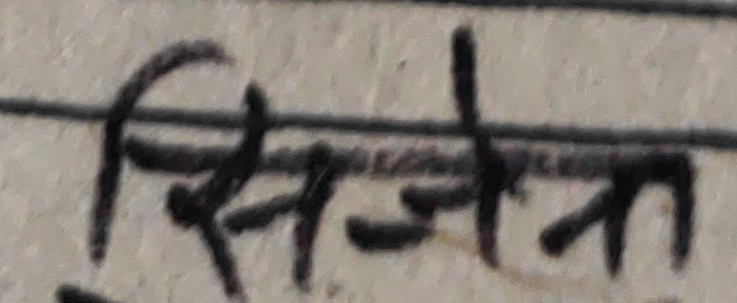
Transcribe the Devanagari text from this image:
सिजन